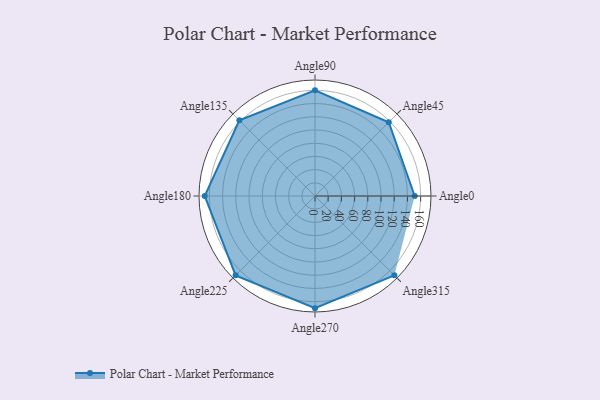
{"axis": {"x": "Angle", "y": "Radius"}, "legend": [""], "data": [{"x": "Angle0", "y": 151.0, "type": ""}, {"x": "Angle45", "y": 158.0, "type": ""}, {"x": "Angle90", "y": 160.0, "type": ""}, {"x": "Angle135", "y": 162.0, "type": ""}, {"x": "Angle180", "y": 167.0, "type": ""}, {"x": "Angle225", "y": 170, "type": ""}, {"x": "Angle270", "y": 170, "type": ""}, {"x": "Angle315", "y": 170, "type": ""}]}